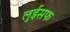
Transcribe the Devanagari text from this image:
लुईसफ